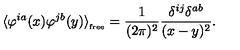
\langle \varphi ^ { i a } ( x ) \varphi ^ { j b } ( y ) \rangle _ { _ { \mathrm { f r e e } } } = \frac { 1 } { ( 2 \pi ) ^ { 2 } } \frac { \delta ^ { i j } \delta ^ { a b } } { ( x - y ) ^ { 2 } } .